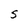
Character: S